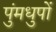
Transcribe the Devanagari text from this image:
पुंमधुपों